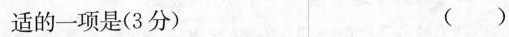
适的一项是(3分) ( )